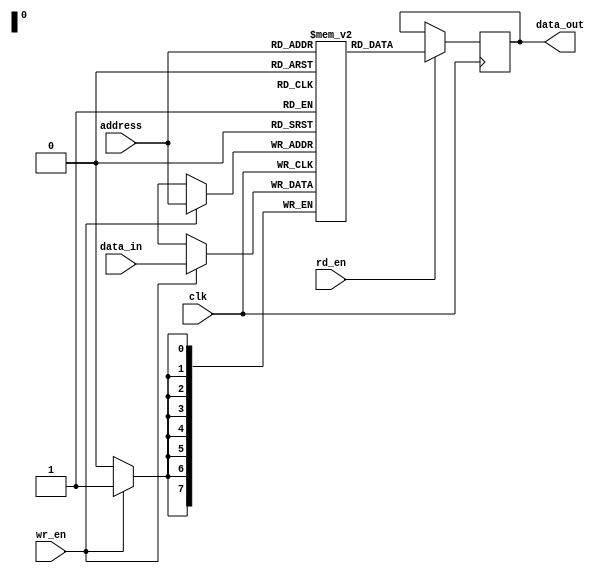
module PROM (
    input wire clk,
    input wire [7:0] address,
    input wire wr_en,
    input wire rd_en,
    input wire [7:0] data_in,
    output reg [7:0] data_out
);

reg [7:0] memory[0:255];

always @(posedge clk) begin
    if (wr_en) begin
        memory[address] <= data_in;
    end
    
    if (rd_en) begin
        data_out <= memory[address];
    end
end

endmodule